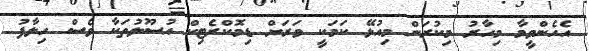
އެހެންވީމާ މިހާރު މިކުރަން މިއުޅޭ ކަމަކީ ވަރަށް ޑިމޮކްރެޓިކް އުސޫލުތަކާ ވެސް ހިލާފު